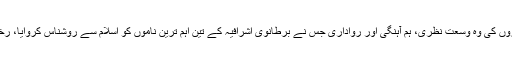
مسلمان معاشروں کی وہ وسعت نظری، ہم آہنگی اور رواداری جس نے برطانوی اشرافیہ کے تین اہم ترین ناموں کو اسلام سے روشناس کروایا، رخصت ہوچکی۔